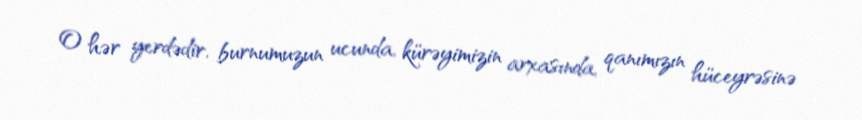
O hər yerdədir, burnumuzun ucunda, kürəyimizin arxasında, qanımızın hüceyrəsinə